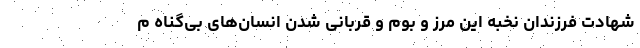
شهادت فرزندان نخبه این مرز و بوم و قربانی شدن انسان‌های بی‌گناه م